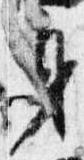
身